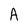
Character: A